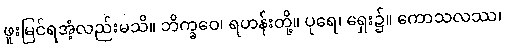
ဖူးမြင်ရအံ့လည်းမသိ။ ဘိက္ခဝေ၊ ရဟန်းတို့။ ပုရေ၊ ရှေး၌။ ကောသလဿ၊